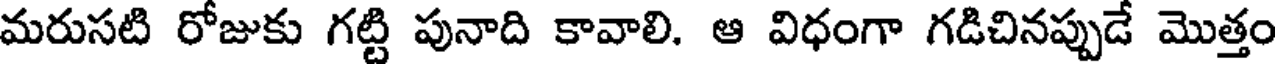
మరుసటి రోజుకు గట్టి పునాది కావాలి. ఆ విధంగా గడిచినప్పుడే మొత్తం